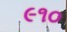
૯૧૦